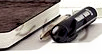
البخارية